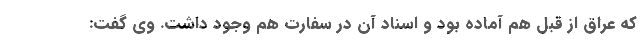
که عراق از قبل هم آماده بود و اسناد آن در سفارت هم وجود داشت. وی گفت: